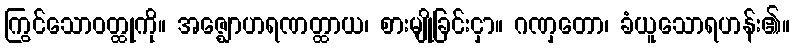
ကြွင်သောဝတ္ထုကို။ အဇ္ဈောဟရဏတ္ထာယ၊ စားမျိုခြင်းငှာ။ ဂဏှတော၊ ခံယူသောရဟန်း၏။